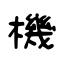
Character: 機